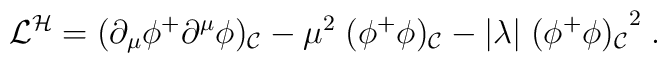
{\cal L}^{\cal H} = (\partial_{\mu} \phi^{+} \partial^{\mu} \phi)_{\cal C}- \mu^{2} \; (\phi^{+} \phi)_{\cal C}- \vert \lambda \vert \; {(\phi^{+} \phi)_{\cal C}}^{2} \; .